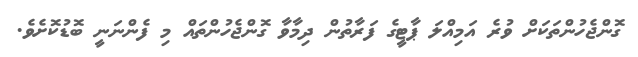
ގޮންޖެހުންތަކަށް ވުރެ އަމިއްލަ ޕާޓީގެ ފަރާތުން ދިމާވާ ގޮންޖެހުންތައް މި ފެންނަނީ ބޮޑުކޮށެވެ.